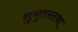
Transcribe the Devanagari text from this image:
शुश्रुतस्तथा